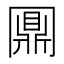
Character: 𠕪